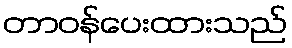
တာဝန်ပေးထားသည်